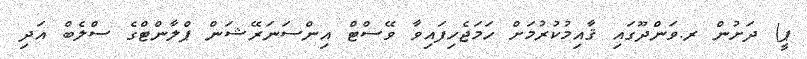
ޕީ) ދަށުން ރ.ވަންދޫގައި ޤާއިމުކުރުމަށް ހަމަޖެހިފައިވާ ވޭސްޓް އިންސަނަރޭޝަން ޕްލާންޓްގެ ސްލެބް އަދި